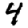
Digit: 4